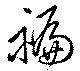
褊